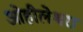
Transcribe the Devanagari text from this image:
ओहीलेश्वरा